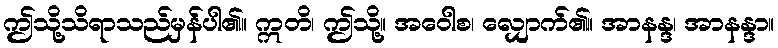
ဤသို့သိရာသည်မှန်ပါ၏။ ဣတိ၊ ဤသို့။ အဝေါစ၊ လျှောက်၏။ အာနန္ဒ၊ အာနန္ဒာ။